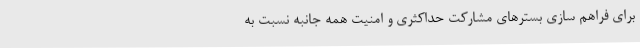
برای فراهم سازی بسترهای مشارکت حداکثری و امنیت همه جانبه نسبت به